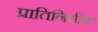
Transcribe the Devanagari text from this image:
प्रातिनिधीक